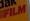
film